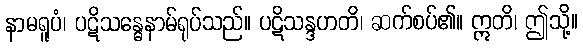
နာမရူပံ၊ ပဋိသန္ဓေနာမ်ရုပ်သည်။ ပဋိသန္ဒဟတိ၊ ဆက်စပ်၏။ ဣတိ၊ ဤသို့။